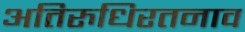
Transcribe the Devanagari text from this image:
अतिरुधिरतनाव